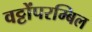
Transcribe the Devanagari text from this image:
वट्टोंपरम्बिल